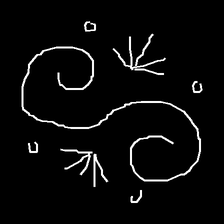
Glyph: aeroform